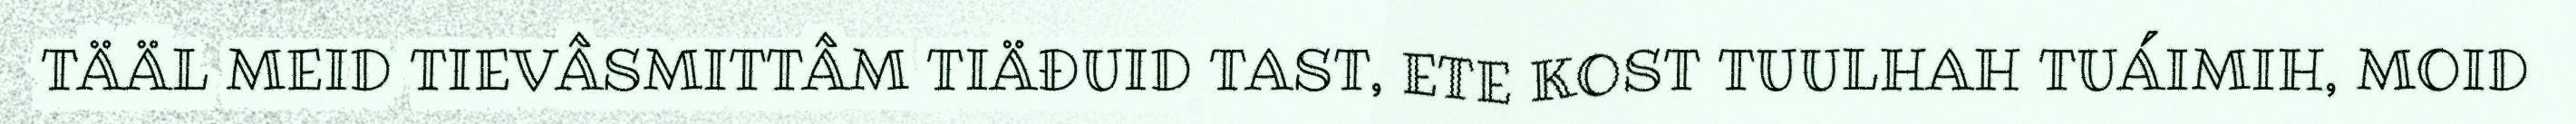
TÄÄL MEID TIEVÂSMITTÂM TIÄĐUID TAST, ETE KOST TUULHAH TUÁIMIH, MOID